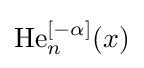
\operatorname {He} _{n}^{[-\alpha ]}(x)